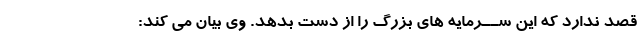
قصد ندارد که این ســرمایه هاى بزرگ را از دست بدهد. وى بیان مى کند: